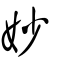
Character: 妙